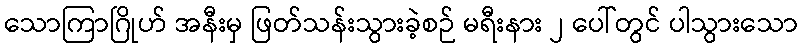
သောကြာဂြိုဟ် အနီးမှ ဖြတ်သန်းသွားခဲ့စဉ် မရီးနား ၂ ပေါ်တွင် ပါသွားသော